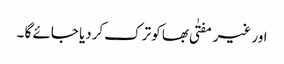
اور غیر مفتٰی بھا کو ترک کردیا جائے گا ۔